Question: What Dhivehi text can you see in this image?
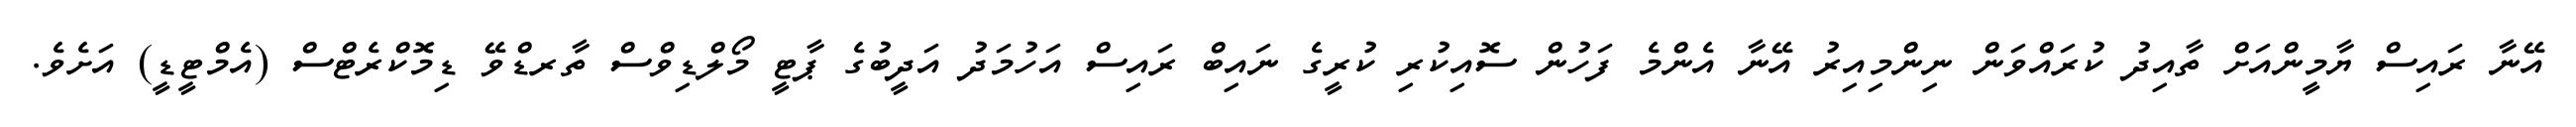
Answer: އޭނާ ރައިސް ޔާމީންއަށް ތާއިދު ކުރައްވަން ނިންމިއިރު އޭނާ އެންމެ ފަހުން ސޮއިކުރި ކުރީގެ ނައިބް ރައިސް އަހުމަދު އަދީބުގެ ޕާޓީ މޯލްޑިވްސް ތާރޑްވޭ ޑިމޮކްރެޓްސް (އެމްޓީޑީ) އަށެވެ.